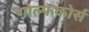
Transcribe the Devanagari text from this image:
गोल्फकोर्स